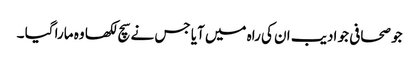
جو صحافی جو ادیب ان کی راہ میں آیا جس نے سچ لکھا وہ مارا گیا ۔